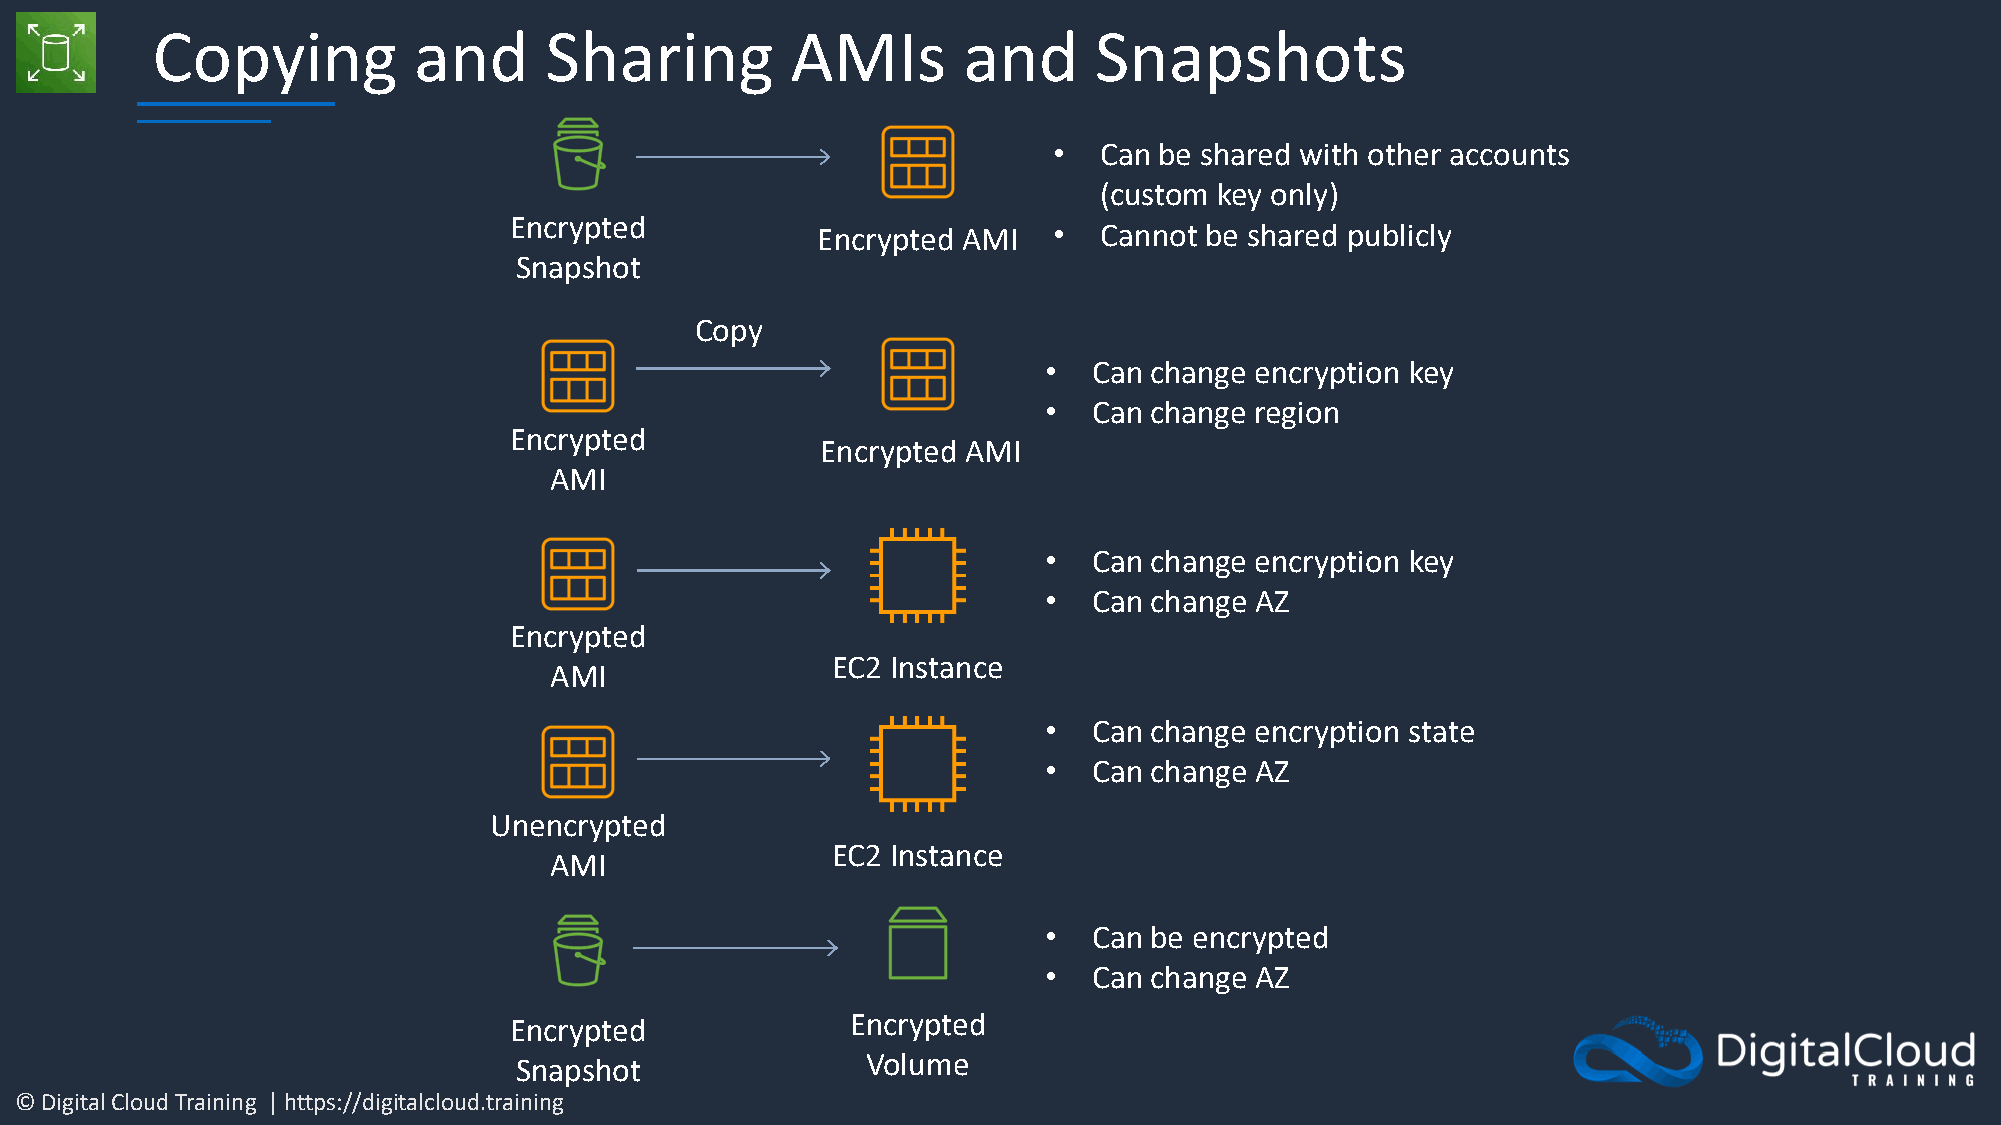
Copying          and      Sharing         AMIs        and     Snapshots
 •  Can be shared with other accounts
 (custom key only)
 Encrypted           Encrypted AMI   •  Cannot be shared publicly
 Snapshot
 Copy
 •  Can change encryption key
 •  Can change region
 Encrypted
 Encrypted AMI
 AMI
 •  Can change encryption key
 •  Can change AZ
 Encrypted
 EC2 Instance
 AMI
 •  Can change encryption state
 •  Can change AZ
 Unencrypted
 EC2 Instance
 AMI
 •  Can be encrypted
 •  Can change AZ
 Encrypted             Encrypted
 Snapshot               Volume
 © Digital Cloud Training | https://digitalcloud.training